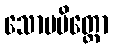
သောမမိတ္တော